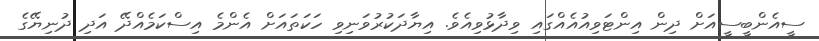
ސީއެންބީސީއަށް ދިން އިންޓަވިއުއެއްގައި ވިދާޅުވިއެވެ. އިޔާދަކުރުވަނިވި ހަކަތައަށް އެންމެ އިސްކަމެއްދޭ އަދި ދުނިޔޭގެ